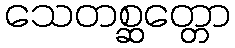
သေတစ္ဆတ္တော